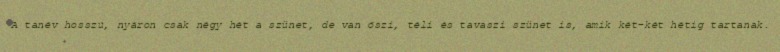
A tanév hosszú, nyáron csak négy hét a szünet, de van őszi, téli és tavaszi szünet is, amik két-két hétig tartanak.